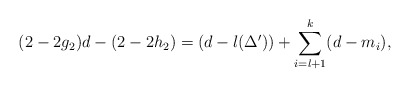
\begin{align*}(2-2g_2)d-(2-2h_2)=(d-l(\Delta^{\prime}))+\sum_{i=l+1}^{k}(d-m_i),\end{align*}